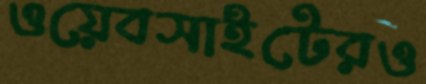
ওয়েবসাইটেরও